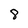
Character: 8